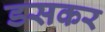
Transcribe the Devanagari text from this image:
डसकर